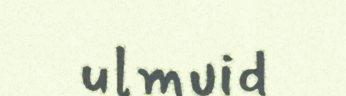
ulmuid